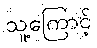
သူ့ကြောင့်